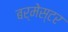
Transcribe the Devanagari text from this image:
बर्मेस्टर